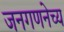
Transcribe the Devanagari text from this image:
जनगणनेच्य